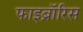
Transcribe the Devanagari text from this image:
फाइब्रॉरिस